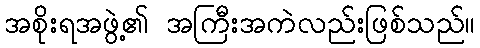
အစိုးရအဖွဲ့၏ အကြီးအကဲလည်းဖြစ်သည်။